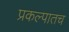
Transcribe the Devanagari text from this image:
प्रकल्पातच